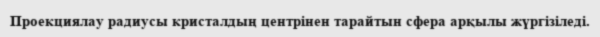
Проекциялау радиусы кристалдың центрінен тарайтын сфера арқылы жүргізіледі.